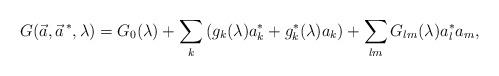
LaTeX: \begin{align*}G(\vec a,\vec a^{\, *},\lambda) = G_0(\lambda) +\sum_k\left (g_k(\lambda)a_k^* + g_k^*(\lambda)a_k\right ) +\sum_{lm}G_{lm}(\lambda)a_l^*a_m,\end{align*}